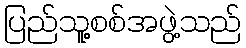
ပြည်သူ့စစ်အဖွဲ့သည်